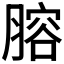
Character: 𦞳